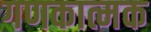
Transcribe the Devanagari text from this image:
गणकात्मक